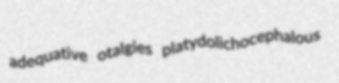
adequative otalgies platydolichocephalous